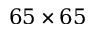
6 5 \times 6 5